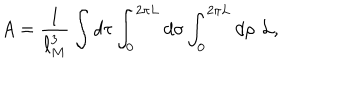
A = { \frac { 1 } { \ell _ { M } ^ { 3 } } } \int d \tau \int _ { 0 } ^ { 2 \pi L } d \sigma \int _ { 0 } ^ { 2 \pi L } d \rho \, \, { \cal L } ,